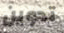
تدوين